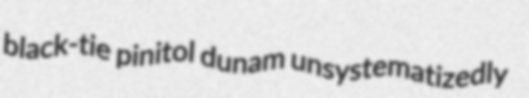
black-tie pinitol dunam unsystematizedly